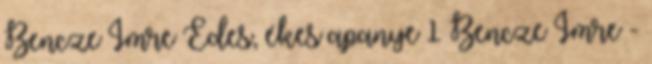
Bencze Imre Édes, ékes apanye 1 Bencze Imre -